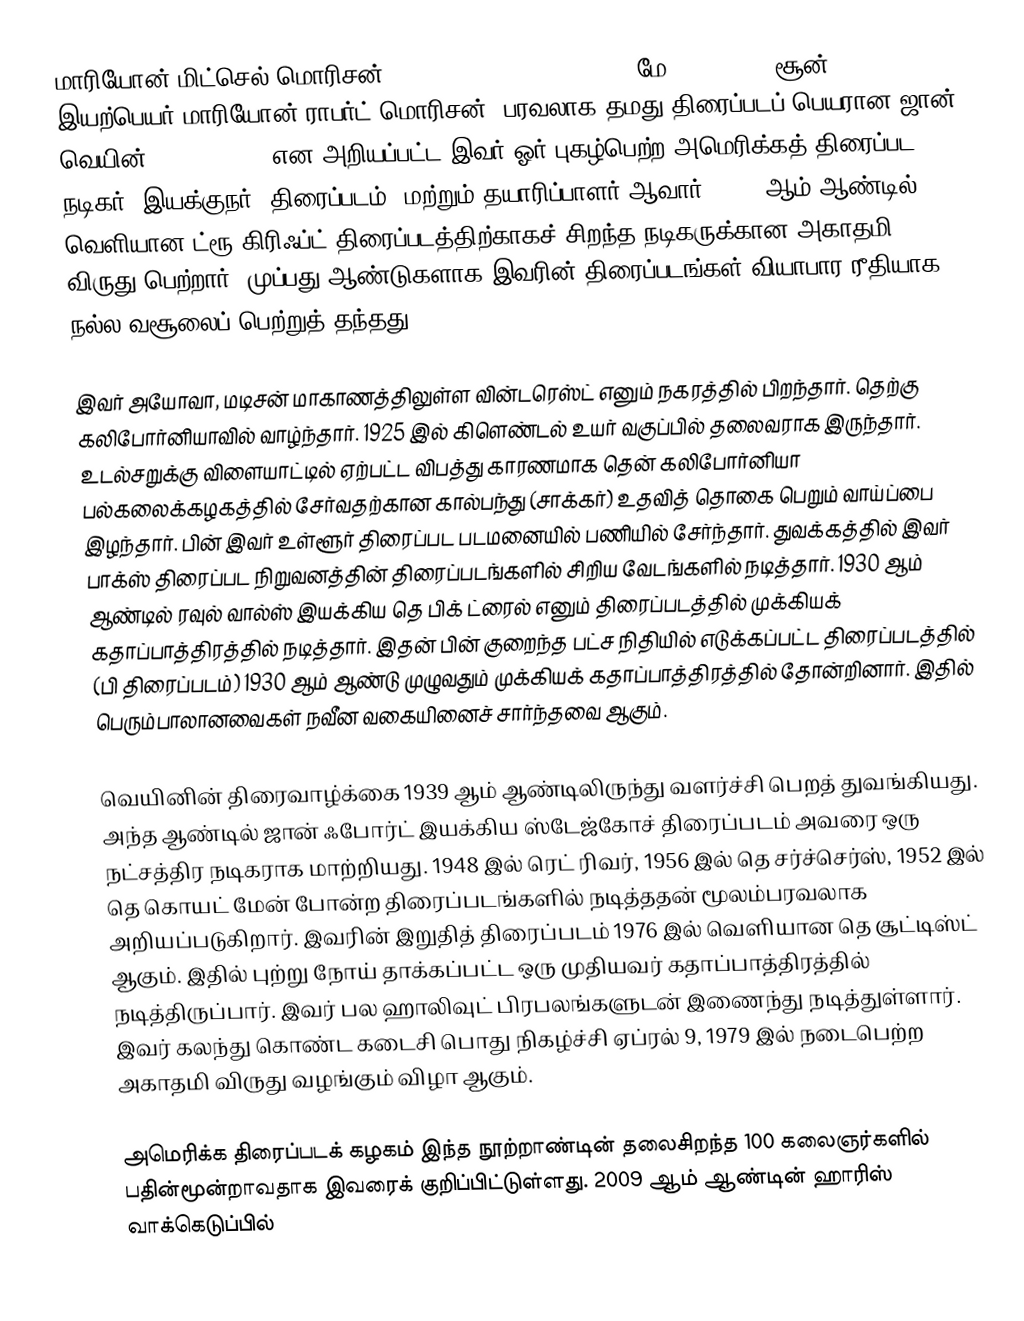
மாரியோன் மிட்செல் மொரிசன் (Marion Mitchell Morrison, மே 26, 1907 – சூன் 11, 1979), இயற்பெயர் மாரியோன் ராபர்ட் மொரிசன், பரவலாக தமது திரைப்படப் பெயரான ஜான் வெயின் (John Wayne) என அறியப்பட்ட இவர் ஓர் புகழ்பெற்ற அமெரிக்கத் திரைப்பட நடிகர், இயக்குநர் (திரைப்படம்) மற்றும் தயாரிப்பாளர் ஆவார். 1969 ஆம் ஆண்டில் வெளியான ட்ரூ கிரிஃப்ட் திரைப்படத்திற்காகச் சிறந்த நடிகருக்கான அகாதமி விருது பெற்றார். முப்பது ஆண்டுகளாக இவரின் திரைப்படங்கள் வியாபார ரீதியாக நல்ல வசூலைப் பெற்றுத் தந்தது.

இவர் அயோவா, மடிசன் மாகாணத்திலுள்ள வின்டரெஸ்ட் எனும் நகரத்தில் பிறந்தார். தெற்கு கலிபோர்னியாவில் வாழ்ந்தார். 1925 இல் கிளெண்டல் உயர் வகுப்பில் தலைவராக இருந்தார். உடல்சறுக்கு விளையாட்டில் ஏற்பட்ட விபத்து காரணமாக தென் கலிபோர்னியா பல்கலைக்கழகத்தில் சேர்வதற்கான கால்பந்து (சாக்கர்) உதவித் தொகை பெறும் வாய்ப்பை இழந்தார்.  பின் இவர் உள்ளூர் திரைப்பட படமனையில் பணியில் சேர்ந்தார். துவக்கத்தில் இவர் பாக்ஸ் திரைப்பட நிறுவனத்தின் திரைப்படங்களில் சிறிய வேடங்களில் நடித்தார். 1930 ஆம் ஆண்டில் ரவுல் வால்ஸ் இயக்கிய தெ பிக் ட்ரைல் எனும் திரைப்படத்தில் முக்கியக் கதாப்பாத்திரத்தில் நடித்தார். இதன் பின்  குறைந்த பட்ச நிதியில் எடுக்கப்பட்ட திரைப்படத்தில் (பி திரைப்படம்) 1930 ஆம் ஆண்டு முழுவதும் முக்கியக் கதாப்பாத்திரத்தில் தோன்றினார். இதில் பெரும்பாலானவைகள் நவீன வகையினைச் சார்ந்தவை ஆகும்.

வெயினின் திரைவாழ்க்கை 1939 ஆம் ஆண்டிலிருந்து வளர்ச்சி பெறத் துவங்கியது. அந்த ஆண்டில் ஜான் ஃபோர்ட் இயக்கிய ஸ்டேஜ்கோச் திரைப்படம்  அவரை ஒரு நட்சத்திர நடிகராக மாற்றியது. 1948 இல் ரெட் ரிவர், 1956 இல் தெ சர்ச்செர்ஸ், 1952 இல் தெ கொயட் மேன் போன்ற திரைப்படங்களில் நடித்ததன் மூலம்பரவலாக அறியப்படுகிறார். இவரின் இறுதித் திரைப்படம் 1976 இல் வெளியான தெ சூட்டிஸ்ட் ஆகும். இதில் புற்று நோய் தாக்கப்பட்ட ஒரு முதியவர் கதாப்பாத்திரத்தில் நடித்திருப்பார். இவர் பல ஹாலிவுட் பிரபலங்களுடன் இணைந்து நடித்துள்ளார். இவர் கலந்து கொண்ட கடைசி பொது நிகழ்ச்சி ஏப்ரல் 9, 1979 இல் நடைபெற்ற அகாதமி விருது வழங்கும் விழா ஆகும்.

அமெரிக்க திரைப்படக் கழகம் இந்த நூற்றாண்டின் தலைசிறந்த 100 கலைஞர்களில் பதின்மூன்றாவதாக இவரைக் குறிப்பிட்டுள்ளது. 2009 ஆம் ஆண்டின் ஹாரிஸ் வாக்கெடுப்பில்